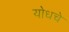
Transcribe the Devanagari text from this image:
योधचे